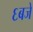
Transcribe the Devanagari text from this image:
६बजे